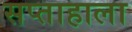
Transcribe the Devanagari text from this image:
सप्ताहाला